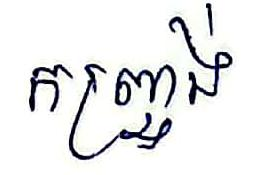
កញ្ច្រង់